Annual report of the Punjab Veterinary College and of the Civil Veterinary Department, Punjab - 1909-1919
Year: 1909
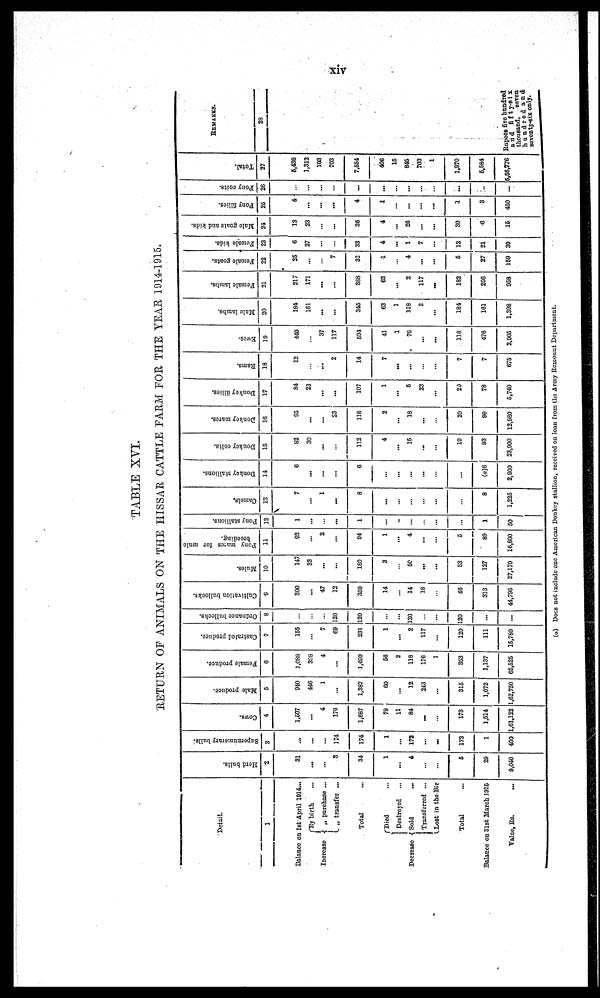
xiv
TABLE XVI.
RETURN OF ANIMALS ON THE HISSAR CATTLE FARM FOR THE YEAR 1914-1915.
Detail.
1
Balance on 1st April 1014...
Increase
By birth ...
„ purchase ...
„ transfer ...
Total ...
Decrease
Died ...
Destroyed ...
Sold
...
Transferred ...
Lost in the Bir
Total
Balance on 31st March 1915
Value, Rs ...
Herd bulls.
2
31
...
...
3
34
1
...
4
...
...
5
29
9,040
Sapornumorary bulls.
3
..
...
...
174
174
1
...
172
...
...
173
1
400
Cows.
4
1,507
...
4
170
1,687
78
11
84
...
...
173
1,514
1,61,122
Malc produce.
5
940
446
1
...
1,387
60
...
12
243
...
315
1,072
1,62,750
Female produce
6
1,088
398
4
...
1,400
56
3
118
176
1
353
1,137
65,525
Castratel produce
7
155
...
7
69
231
1
...
2
117
...
120
111
15,780
Ordnance bullocks.
8
...
...
120
120
...
..
120
..
..
120
...
...
Cultivation bullocks.
9
300
...
47
13
350
14
...
14
18
...
40
313
44,795
Mules.
10
147
33
...
...
180
3
...
50
...
...
53
127
27,170
Pony marcs
for malo
breeding.
11
92
..
2
...
94
1
...
4
...
...
6
80
16,800
Pony stallions.
12
1
...
...
...
1
...
...
...
...
...
...
1
50
Camels.
13
7
1
...
8
...
...
...
...
...
...
8
1,325
Donkey stallions.
14
6
...
...
6
...
...
...
...
...
...
(a)6
2,900
Donkey colts.
15
82
30
...
...
113
4
...
16
...
...
19
93
23,900
Donkey marcs.
16
95
...
83
118
2
...
18
...
...
20
96
12,980
Donkey Fllies.
17
84
23
...
...
107
1
...
5
23
...
20
78
5,740
Rams.
18
12
...
...
2
14
7
...
...
...
....
7
7
675
Ewes.
19
440
...
37
117
594
41
1
70
...
...
118
476
2,905
Male lambs.
20
184
161
...
...
345
63
1
118
2
...
184
161
1,308
Female lambs.
21
317
171
...
...
368
63
...
2
117
...
182
206
958
Female goats.
22
25
...
...
7
32
1
...
4
...
...
5
27
159
Female
kids.
23
6
27
...
...
33
4
...
1
7
...
12
21
39
Male goats and kids.
24
13
23
...
...
36
4
...
20
...
...
30
8
15
Pony fillies.
36
4
..
...
...
4
1
...
...
...
...
3
3
450
Pony coits.
26
...
...
...
...
...
...
...
...
...
...
...
...
...
Total.
27
6,436
1,313
103
703
7,554
406
16
846
703
1
1,970
5,584
5,58,778
REMARKS.
23
Rupees five hundred
and
fifty-six
thousand,
seven
hundred
and
seventy-six only.
(a) Does not include one American Donkey stallion, received on loan from the Army Remount Department.